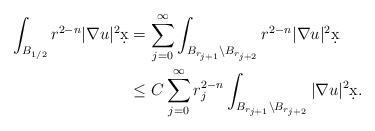
\begin{align*}\int_{B_{1/2}} r^{2-n} |\nabla u|^2 \d x &= \sum_{j = 0}^{\infty} \int_{B_{r_{j+1}} \setminus B_{r_{j+2}}} r^{2-n} |\nabla u|^2 \d x\\& \leq C \sum_{j = 0}^{\infty} r_j^{2-n} \int_{B_{r_{j+1}} \setminus B_{r_{j+2}}} |\nabla u|^2 \d x.\end{align*}